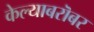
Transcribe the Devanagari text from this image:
केल्याबरॊबर